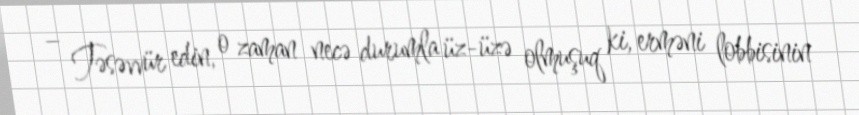
– Təsəvvür edin, o zaman necə durumla üz-üzə olmuşuq ki, erməni lobbisinin